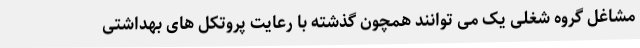
مشاغل گروه شغلی یک می توانند همچون گذشته با رعایت پروتکل های بهداشتی